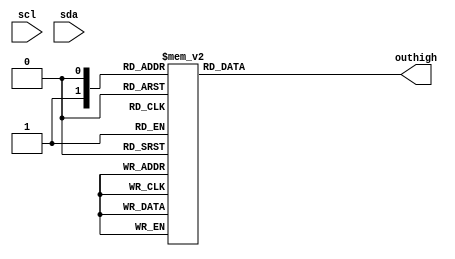
module out16hi(scl,sda,outhigh);
input scl,sda;
output [15:0] outhigh;
reg [5:0] mstate;
reg [3:0] pdata,
            padatabuf;
reg [15:0] outhigh;
reg StartFlag,EndFlag;
always @(negedge sda) begin
    if(scl)
    begin
      StartFlag<=1;
    end
    else if(EndFlag)
        StartFlag<=0;
    end

always @(posedge sda ) begin
    if(scl)
    begin
        EndFlag<=1;
        pdatabuf<=pdata;
    end
    else
        EndFlag<=0;
    end
parameter ready = 6'b00_0000,
          sbit0 = 6'b00_0001,
          sbit1 = 6'b00_0010,
          sbit2 = 6'b00_0100,
          sbit3 = 6'b00_1000,
          sbit4 = 6'b01_0000;
always @(pdatabuf) begin
    case(padatabuf)
        4'b0001:outhigh = 16'b0000_0000_0000_0001;
        4'b0010:outhigh = 16'b0000_0000_0000_0010;
        4'b0011:outhigh = 16'b0000_0000_0000_0100;
        4'b0100:outhigh = 16'b0000_0000_0000_1000;
        4'b0101:outhigh = 16'b0000_0000_0001_0000;
        4'b0110:outhigh = 16'b0000_0000_0010_0000;
        4'b0111:outhigh = 16'b0000_0000_0100_0000;
        4'b1000:outhigh = 16'b0000_0000_1000_0000;
        4'b1001:outhigh = 16'b0000_0001_0000_0000;
        4'b1010:outhigh = 16'b0000_0010_0000_0000;
        4'b1011:outhigh = 16'b0000_0100_0000_0000;
        4'b1100:outhigh = 16'b0000_1000_0000_0000;
        4'b1101:outhigh = 16'b0001_0000_0000_0000;
        4'b1110:outhigh = 16'b0010_0000_0000_0000;
        4'b1111:outhigh = 16'b0100_0000_0000_0000;
        4'b0000:outhigh = 16'b1000_0000_0000_0000;
    endcase
end

endmodule